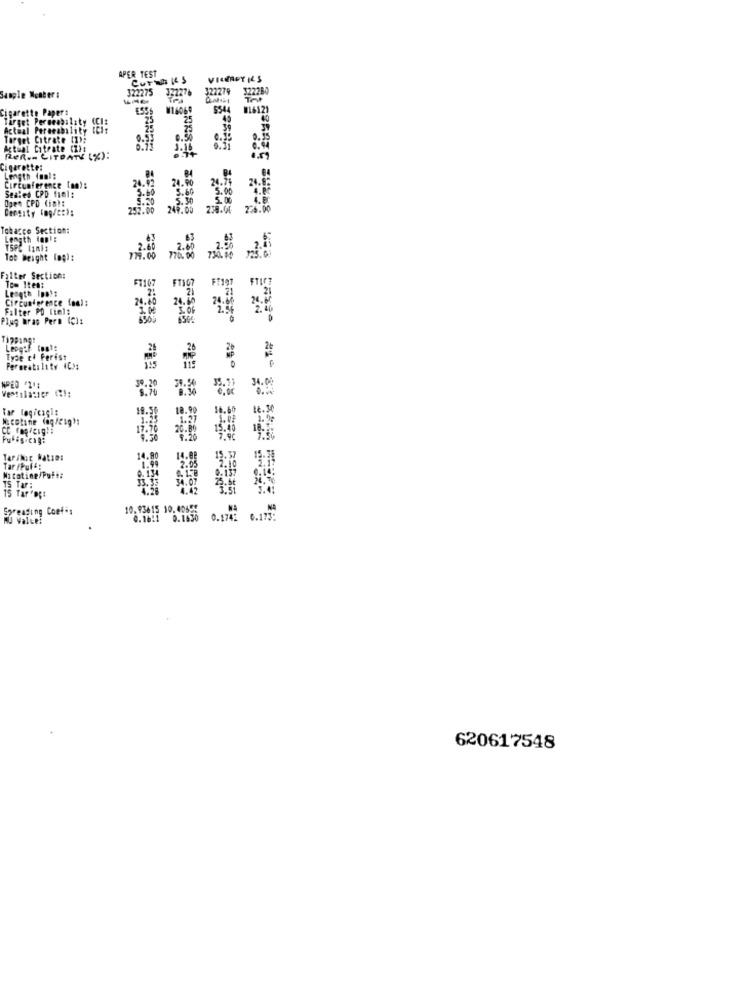
APER TEST
Curth IS
VICEROY ILS
322275
322276
322279
322280
Sample Meaber :
Cigarette Papers
M14069
5544
816121
Target Peromobility
25
25
Actual Pereeability
25
Target Citrate (1):
0.50
Actual Citrate (2):
ReR .. CITBAT (%):
Cigarette:
Length (mm):
Circumference (an):
Sealed CPD fiel:
Open CPD Cint:
Density (og/c:):
Tobacco Section:
Length font:
Tob Weight (np):
119:00
Filter Section:
FT107
FT107
Length Ips!#
Tom Itea:
FTIG7
Falter PD (tel:
Plug bras Pern (C):
Tipping!
Leogif (os):
Type ch Perist
Permeability 4631
34.00
Tar logicagi:
Fufisicaga
9.50
Tar/Nic katını
14.88
15.57
15.58
Tar /Puf4:
Mitatine/Puf#:
15 Tar:
15 Tar 'D ;:
Spreading Coef-s
10.93615 10.00655
MU Valce!
0.16:1 0.1630 0.1742 6.173:
620617548